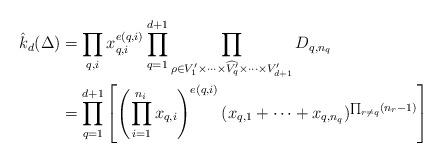
LaTeX: \begin{align*}\hat{k}_d(\Delta)&= \prod_{q,i} x_{q,i}^{e(q,i)} \prod_{q=1}^{d+1} \prod_{\rho\in V'_1\times\cdots\times\widehat{V'_q}\times\cdots\times V'_{d+1}} D_{q,n_q}\\&= \prod_{q=1}^{d+1} \left[ \left(\prod_{i=1}^{n_i} x_{q,i}\right)^{e(q,i)}(x_{q,1}+\cdots+x_{q,n_q})^{\prod_{r\neq q}(n_{r}-1)} \right]\end{align*}